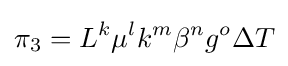
\pi _{3}=L^{k}\mu ^{l}k^{m}\beta ^{n}g^{o}\Delta T